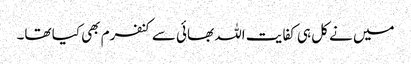
میں نے کل ہی کفایت اللہ بھائی سے کنفرم بھی کیا تھا۔